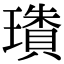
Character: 璳